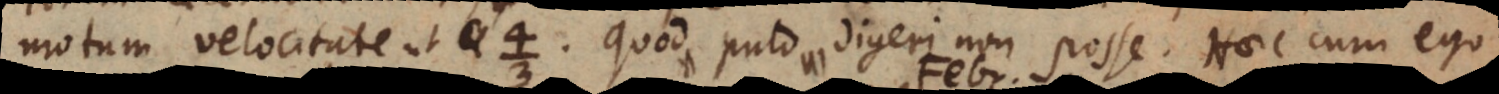
motum velocitate ut. Quod puto digeri non posse. Haec cum ego